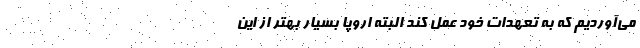
مي‌آورديم كه به تعهدات خود عمل كند البته اروپا بسيار بهتر از اين